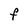
Character: F